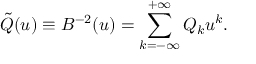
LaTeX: \tilde { Q } ( u ) \equiv B ^ { - 2 } ( u ) = \sum _ { k = - \infty } ^ { + \infty } Q _ { k } u ^ { k } .